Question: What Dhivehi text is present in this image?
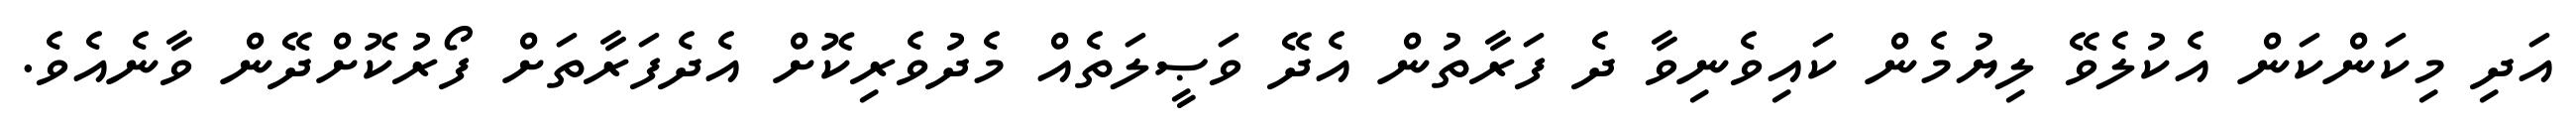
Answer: އަދި މިކަންކަން އެކުލެވޭ ލިޔުމެން ކައިވެނިވާ ދެ ފަރާތުން އެދޭ ވަޞީލަތެއް މެދުވެރިކޮށް އެދެފަރާތަށް ފޯރުކޮށްދޭން ވާނެއެވެ.